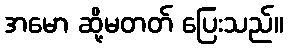
အမော ဆို့မတတ် ပြေးသည်။